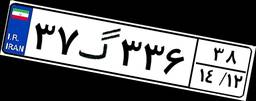
۸۳گ۱۷۹۴۵